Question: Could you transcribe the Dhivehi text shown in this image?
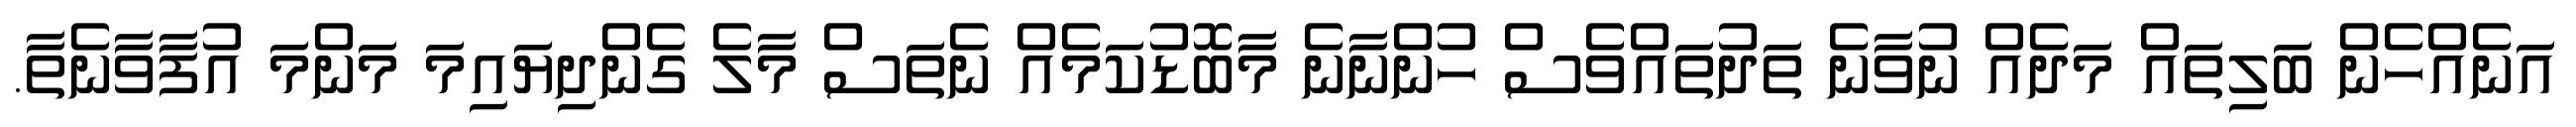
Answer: އަނެއްހެން ބަލިތައް މަދެއް ނުވާނެ ތަދުތައްވެސް ހުންނާނެ މާބޮޑުކަމެއް ނެތަސް މާލެ ގެންދިޔައިމަ މަންމަ އުފާވާނެތާ.